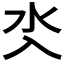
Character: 𣱸